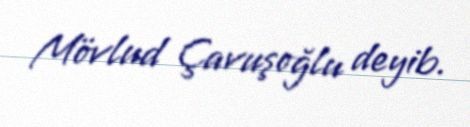
Mövlud Çavuşoğlu deyib.